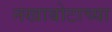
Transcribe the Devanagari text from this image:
नखाबोटाच्या